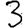
Digit: 3